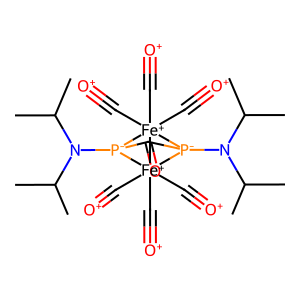
SMILES: CC(C)N(C(C)C)[P-]12C(=O)[P-]3(N(C(C)C)C(C)C)[Fe+]1(C#[O+])(C#[O+])(C#[O+])[Fe+]23(C#[O+])(C#[O+])C#[O+]
Inhibits HIV replication: No